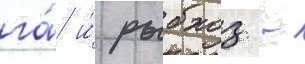
га́ и́ рыбхоз -